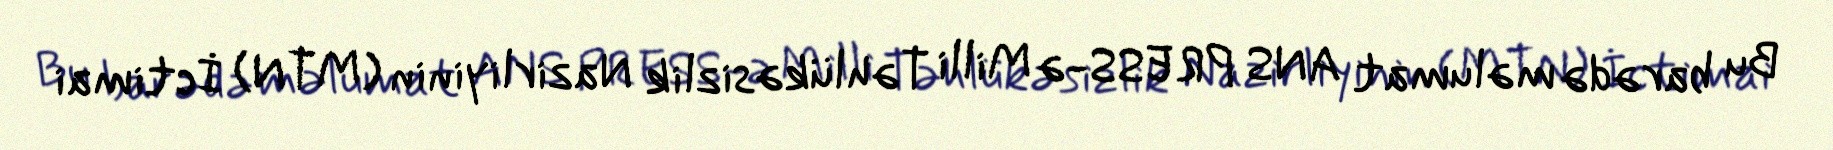
Bu barədə məlumat ANS PRESS-ə Milli Təhlükəsizlik Nazirliyinin (MTN) İctimai